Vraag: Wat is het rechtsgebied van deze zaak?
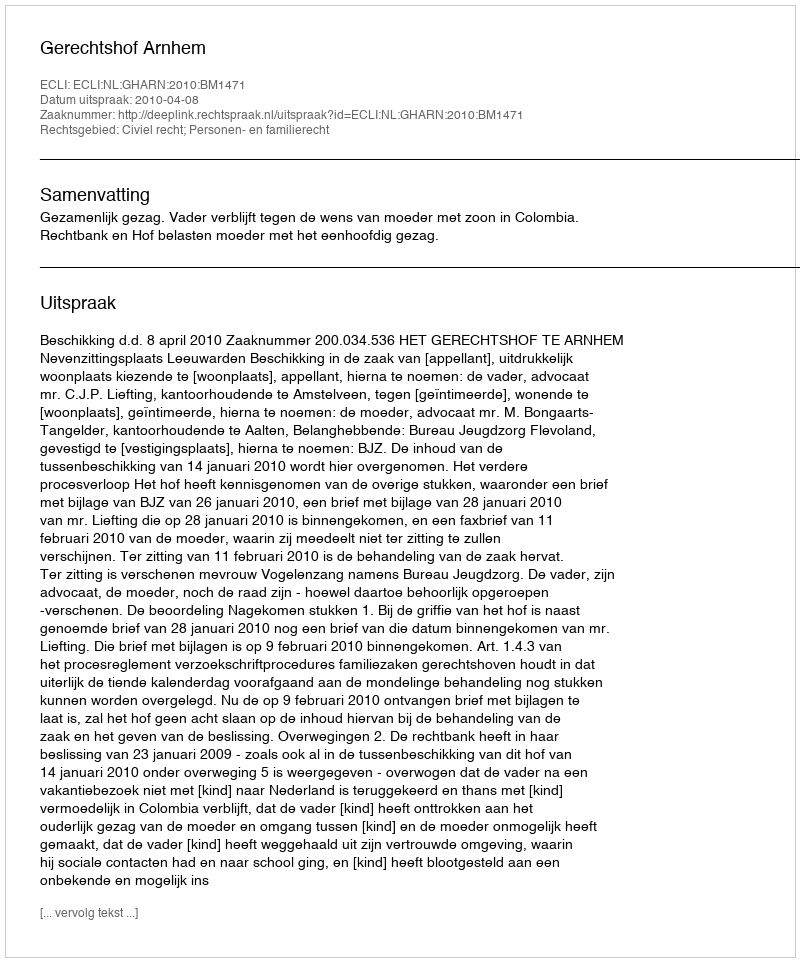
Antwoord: Civiel recht; Personen- en familierecht